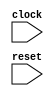
module ZeroPortMem(
  input   clock,
  input   reset
);
  always @(posedge clock) begin
    `ifndef SYNTHESIS
    `ifdef STOP_COND
      if (`STOP_COND) begin
    `endif
        if (~reset) begin
          $finish;
        end
    `ifdef STOP_COND
      end
    `endif
    `endif // SYNTHESIS
  end
endmodule